Vaccination in Bombay 1924-1928 - 1924-1928
Year: 1924
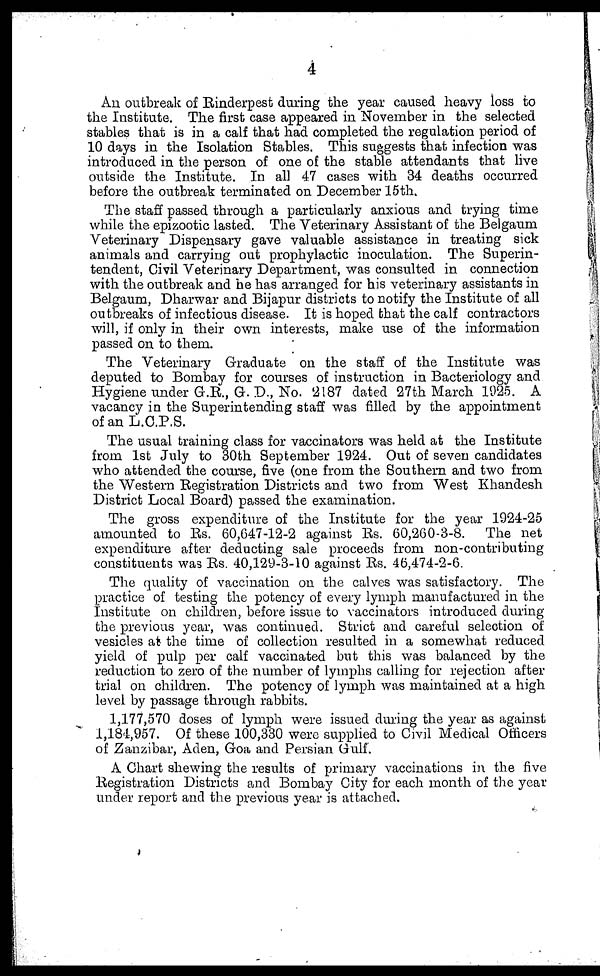
4
An outbreak of Rinderpest during the year caused heavy loss to
the Institute. The first case appeared in November in the selected
stables that is in a calf that had completed the regulation period of
10 days in the Isolation Stables. This suggests that infection was
introduced in the person of one of the stable attendants that live
outside the Institute. In all 47 cases with 34 deaths occurred
before the outbreak terminated on December 15th.
The staff passed through a particularly anxious and trying time
while the epizootic lasted. The Veterinary Assistant of the Belgaum
Veterinary Dispensary gave valuable assistance in treating sick
animals and carrying out prophylactic inoculation. The Superin-
tendent, Civil Veterinary Department, was consulted in connection
with the outbreak and he has arranged for his veterinary assistants in
Belgaum, Dharwar and Bijapur districts to notify the Institute of all
outbreaks of infectious disease. It is hoped that the calf contractors
will, if only in their own interests, make use of the information
passed on to them.
The Veterinary Graduate on the staff of the Institute was
deputed to Bombay for courses of instruction in Bacteriology and
Hygiene under G.R., G. D., No. 2187 dated 27th March 1925. A
vacancy in the Superintending staff was filled by the appointment
of an L.C.P.S.
The usual training class for vaccinators was held at the Institute
from 1st July to 30th September 1924. Out of seven candidates
who attended the course, five (one from the Southern and two from
the Western Registration Districts and two from West Khandesh
District Local Board) passed the examination.
The gross expenditure of the Institute for the year 1924-25
amounted to Rs. 60,647-12-2 against Rs. 60,260-3-8. The net
expenditure after deducting sale proceeds from non-contributing
constituents was Rs. 40,129-3-10 against Rs. 46,474-2-6.
The quality of vaccination on the calves was satisfactory. The
practice of testing the potency of every lymph manufactured in the
Institute on children, before issue to vaccinators introduced during
the previous year, was continued. Strict and careful selection of
vesicles at the time of collection resulted in a somewhat reduced
yield of pulp per calf vaccinated but this was balanced by the
reduction to zero of the number of lymphs calling for rejection after
trial on children. The potency of lymph was maintained at a high
level by passage through rabbits.
1,177,570 doses of lymph were issued during the year as against
1,184,957. Of these 100,330 were supplied to Civil Medical Officers
of Zanzibar, Aden, Goa and Persian Gulf.
A Chart shewing the results of primary vaccinations in the five
Registration Districts and Bombay City for each month of the year
under report and the previous year is attached.